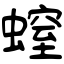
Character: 螲